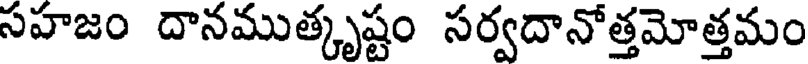
సహజం దానముత్కృష్టం సర్వదానోత్తమోత్తమం